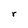
Character: r